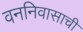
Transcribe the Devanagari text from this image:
वननिवासाची